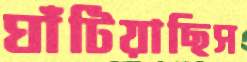
ঘাঁটিয়াছিস